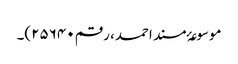
موسوعۂ مسند احمد، رقم ۲۵۶۴۰)۔